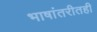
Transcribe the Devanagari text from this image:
भाषांतरीतही